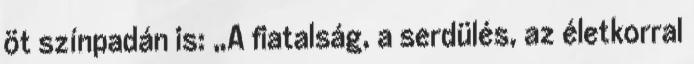
öt színpadán is: „A fiatalság, a serdülés, az életkorral